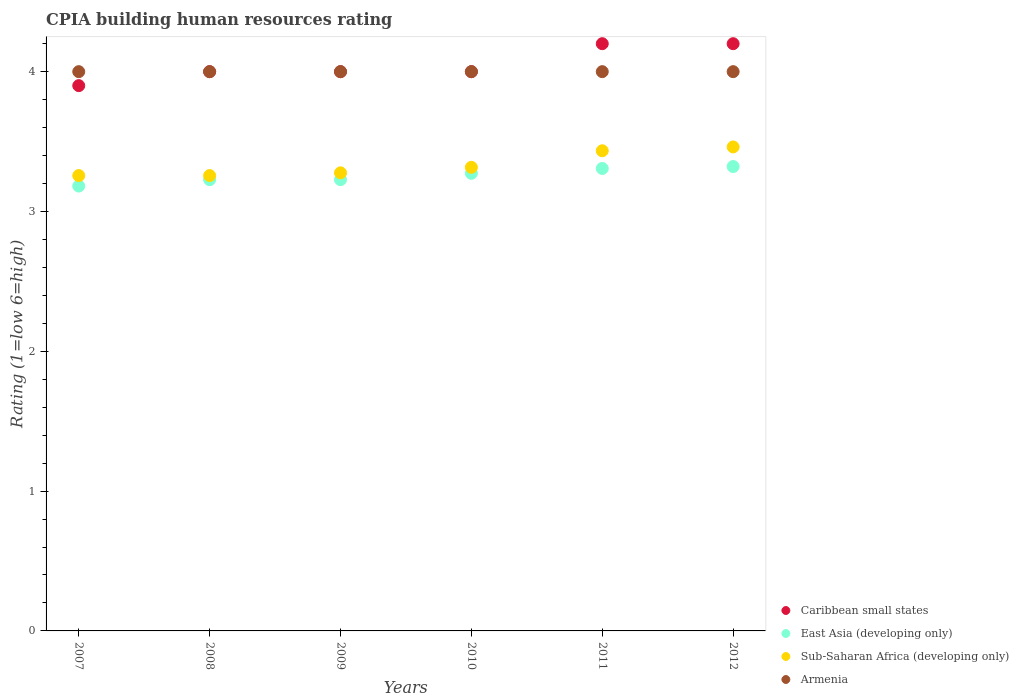
| Years | Caribbean small states | East Asia (developing only) | Sub-Saharan Africa (developing only) | Armenia |
 | --- | --- | --- | --- | --- |
 | 2007 | 3.9 | 3.18 | 3.26 | 4 |
 | 2008 | 4 | 3.23 | 3.26 | 4 |
 | 2009 | 4 | 3.23 | 3.28 | 4 |
 | 2010 | 4 | 3.27 | 3.32 | 4 |
 | 2011 | 4.2 | 3.31 | 3.43 | 4 |
 | 2012 | 4.2 | 3.32 | 3.46 | 4 |